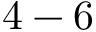
4 - 6